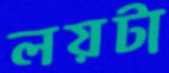
লয়টা